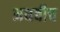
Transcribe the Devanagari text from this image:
अधबीच